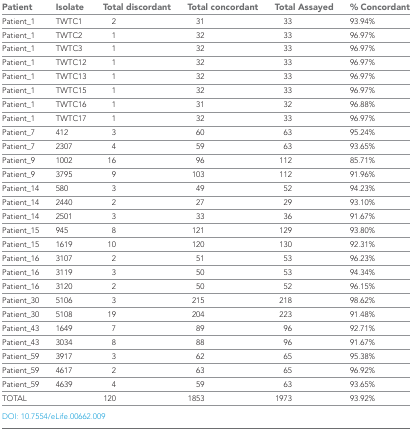
<table><thead><tr><td><b>Patient</b></td><td><b>Isolate</b></td><td><b>Total discordant</b></td><td><b>Total concordant</b></td><td><b>Total Assayed</b></td><td><b>% Concordant</b></td></tr></thead><tbody><tr><td>Patient_1</td><td>TWTC1</td><td>2</td><td>31</td><td>33</td><td>93.94%</td></tr><tr><td>Patient_1</td><td>TWTC2</td><td>1</td><td>32</td><td>33</td><td>96.97%</td></tr><tr><td>Patient_1</td><td>TWTC3</td><td>1</td><td>32</td><td>33</td><td>96.97%</td></tr><tr><td>Patient_1</td><td>TWTC12</td><td>1</td><td>32</td><td>33</td><td>96.97%</td></tr><tr><td>Patient_1</td><td>TWTC13</td><td>1</td><td>32</td><td>33</td><td>96.97%</td></tr><tr><td>Patient_1</td><td>TWTC15</td><td>1</td><td>32</td><td>33</td><td>96.97%</td></tr><tr><td>Patient_1</td><td>TWTC16</td><td>1</td><td>31</td><td>32</td><td>96.88%</td></tr><tr><td>Patient_1</td><td>TWTC17</td><td>1</td><td>32</td><td>33</td><td>96.97%</td></tr><tr><td>Patient_7</td><td>412</td><td>3</td><td>60</td><td>63</td><td>95.24%</td></tr><tr><td>Patient_7</td><td>2307</td><td>4</td><td>59</td><td>63</td><td>93.65%</td></tr><tr><td>Patient_9</td><td>1002</td><td>16</td><td>96</td><td>112</td><td>85.71%</td></tr><tr><td>Patient_9</td><td>3795</td><td>9</td><td>103</td><td>112</td><td>91.96%</td></tr><tr><td>Patient_14</td><td>580</td><td>3</td><td>49</td><td>52</td><td>94.23%</td></tr><tr><td>Patient_14</td><td>2440</td><td>2</td><td>27</td><td>29</td><td>93.10%</td></tr><tr><td>Patient_14</td><td>2501</td><td>3</td><td>33</td><td>36</td><td>91.67%</td></tr><tr><td>Patient_15</td><td>945</td><td>8</td><td>121</td><td>129</td><td>93.80%</td></tr><tr><td>Patient_15</td><td>1619</td><td>10</td><td>120</td><td>130</td><td>92.31%</td></tr><tr><td>Patient_16</td><td>3107</td><td>2</td><td>51</td><td>53</td><td>96.23%</td></tr><tr><td>Patient_16</td><td>3119</td><td>3</td><td>50</td><td>53</td><td>94.34%</td></tr><tr><td>Patient_16</td><td>3120</td><td>2</td><td>50</td><td>52</td><td>96.15%</td></tr><tr><td>Patient_30</td><td>5106</td><td>3</td><td>215</td><td>218</td><td>98.62%</td></tr><tr><td>Patient_30</td><td>5108</td><td>19</td><td>204</td><td>223</td><td>91.48%</td></tr><tr><td>Patient_43</td><td>1649</td><td>7</td><td>89</td><td>96</td><td>92.71%</td></tr><tr><td>Patient_43</td><td>3034</td><td>8</td><td>88</td><td>96</td><td>91.67%</td></tr><tr><td>Patient_59</td><td>3917</td><td>3</td><td>62</td><td>65</td><td>95.38%</td></tr><tr><td>Patient_59</td><td>4617</td><td>2</td><td>63</td><td>65</td><td>96.92%</td></tr><tr><td>Patient_59</td><td>4639</td><td>4</td><td>59</td><td>63</td><td>93.65%</td></tr><tr><td colspan="2">TOTAL</td><td>120</td><td>1853</td><td>1973</td><td>93.92%</td></tr></tbody></table>